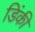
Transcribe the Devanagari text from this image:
डिंकी